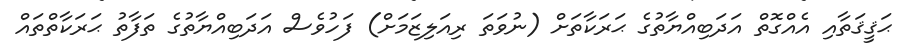
ޙަޤީޤަތާއި އެއްގޮތް އަދަބިއްޔާތުގެ ޙަރަކާތަށް (ނުވަތަ ރިއަލިޒަމަށް) ފަހުވެސް އަދަބިއްޔާތުގެ ތަފާތު ޙަރަކާތްތައް